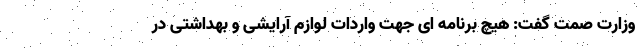
وزارت صمت گفت: هیچ برنامه ای جهت واردات لوازم آرایشی و بهداشتی در